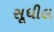
સૂધીલ